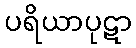
ပရိယာပုဋာ